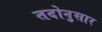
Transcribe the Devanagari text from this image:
तदोनुसार